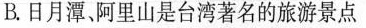
B.日月潭、阿里山是台湾著名的旅游景点